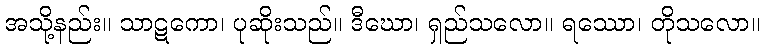
အသို့နည်း။ သာဋကော၊ ပုဆိုးသည်။ ဒီဃော၊ ရှည်သလော။ ရဿော၊ တိုသလော။